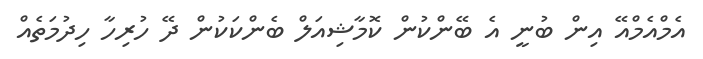
އެމްއެމްއޭ އިން ބުނީ އެ ބޭންކުން ކޮމާޝިއަލް ބެންކަކުން ދޭ ހުރިހާ ހިދުމަތެއް